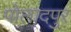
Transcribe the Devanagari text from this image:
पोलादपुर